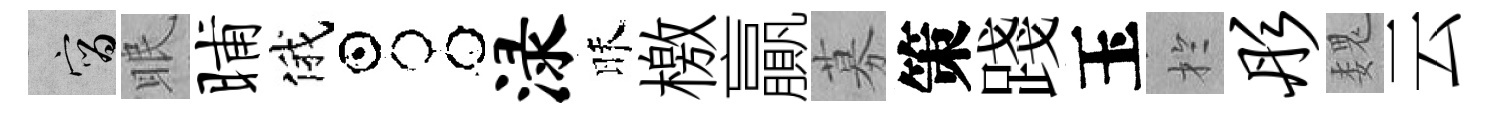
宵眠晡俄占渌昧檄贏募策踐玉扵彤魏云